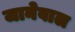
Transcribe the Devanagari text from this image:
जानेवाल